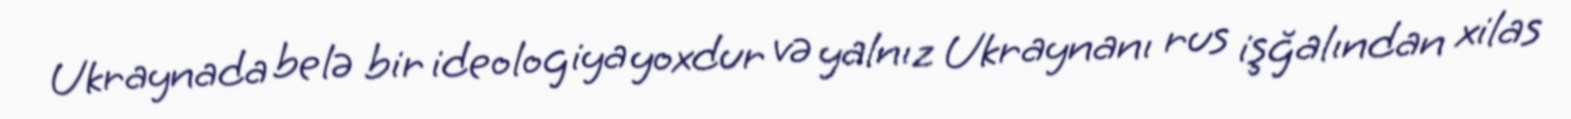
Ukraynada belə bir ideologiya yoxdur və yalnız Ukraynanı rus işğalından xilas